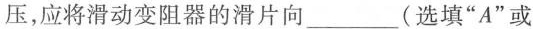
压，应将滑动变阻器的滑片向___(选填”A”或